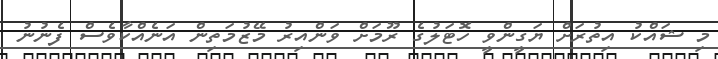
މި ޝައްކު އިތުރަށް ޔަގީންވީ ހޮޓަލުގެ ރޫމަށް ވަންއިރު މޭޒުމަތިން އަނެއްކާވެސް ފެނުނު